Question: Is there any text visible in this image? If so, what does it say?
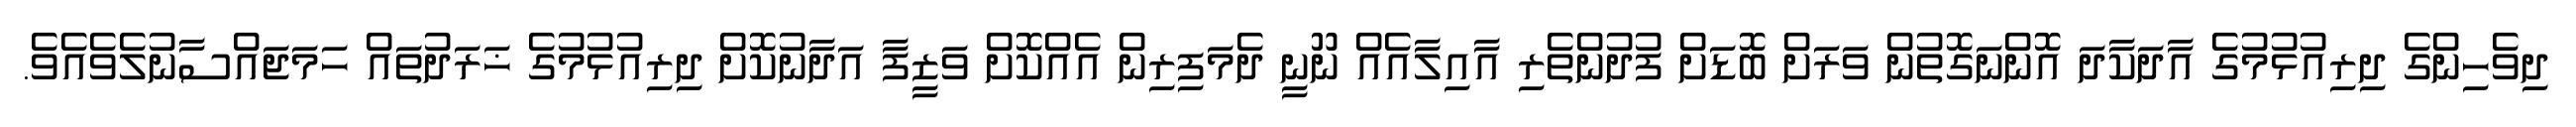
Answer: ދިވެހިންގެ ދިރިއުޅުމުގެ އާދަކާދަ އޮންނަގޮތުން ވަރަށް ބޮޑަށް ފުދުންތެރި އާއިލާއެއް ނޫނީ ދެމަފިރިން އެއްކޮށް ވަޒީފާ އަދާނުކޮށް ދިރިއުޅުމުގެ ޚަރަދުތައް ހަމަޖައްސާނުލެވެއެވެ.